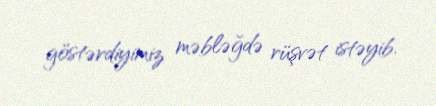
göstərdiyimiz məbləğdə rüşvət istəyib.